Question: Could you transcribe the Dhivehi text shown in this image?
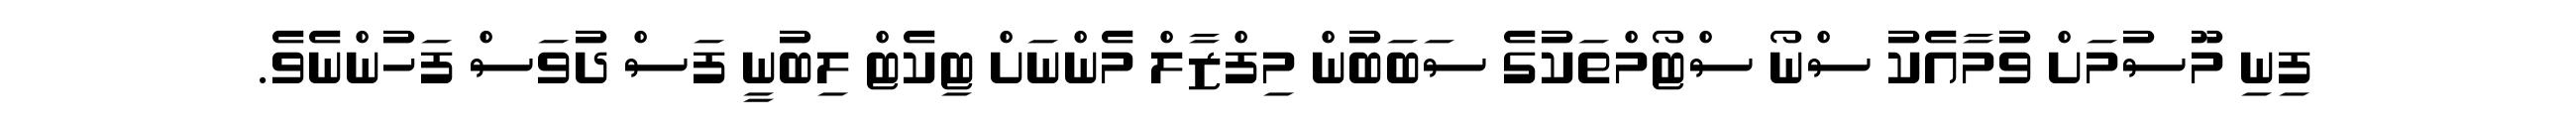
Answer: ފިނި މޫސުމަށް ވުމާއެކު ސްނޯ ސްޓޯމްތަކުގެ ސަބަބުން މިފްޒާލް މެންނަށް ޓިކެޓް ލިބުނީ ފަސް ދުވަސް ފަހުންނެވެ.